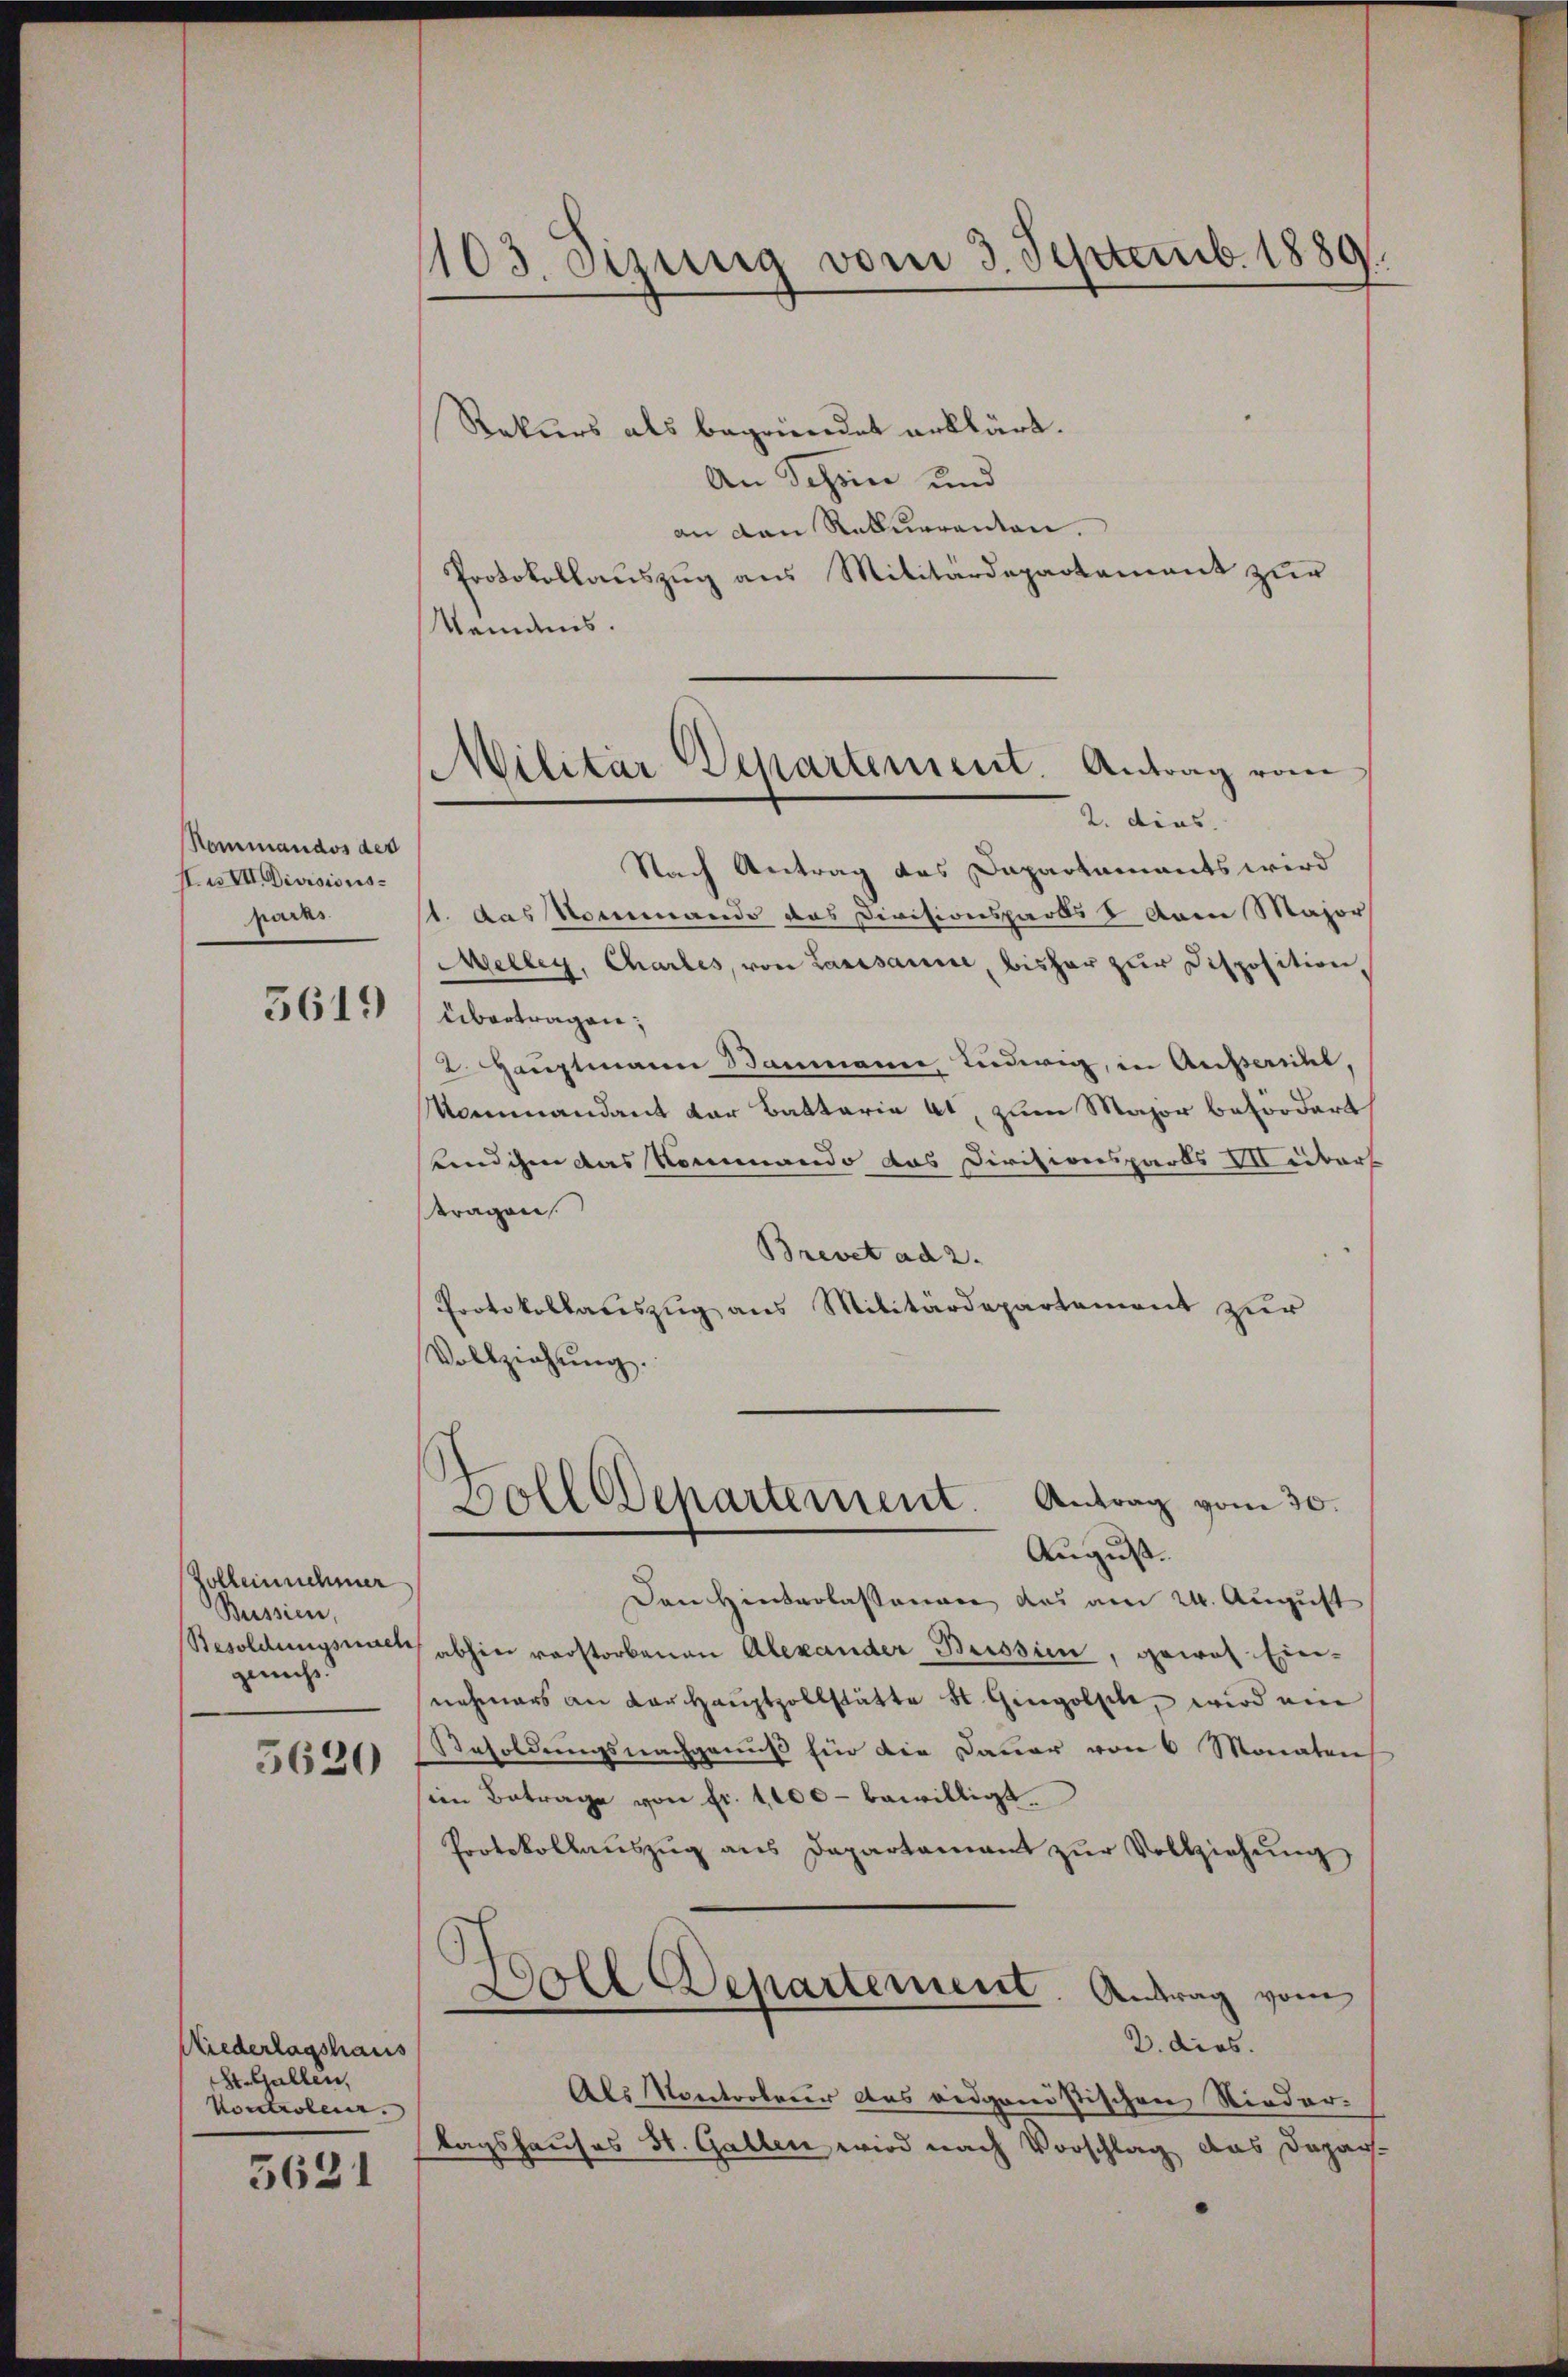
Nommandos der
H.III. Devisionsrades
3619

Zolleinnehmer
Buissen,
Besoldungsnach
genuss.

5620

Niederlagshaus
St. Gallen,
Kontrolen.

5631

1103. Sizung vom 3. Septemb. 1889.

Rekurs als begründet erklärt.
An Schön und
an den Rekurrenten.
Protokollauszug aus Militärdepartement zur
Nemdnis.
Nach Antrag des Dapartaments wird
1. das Nommando das Divisionspards & vom Major
Meller, Chartes, von Lasesamme, bisher zur Disposition,
übertragen,
2 Hauptmann Baumann Ludwig, in Ansteht,
Kommandant der Battaria et, zum Major befordert
eendigen das Rommando das Divisionspards Meibart
tragen
Brevet ad 2.
Protokollariszug aus Militärdepartement zur
Vollziehŭng.
Doll Departement. Antrag vom 30.
August.
Dann Hinterlassenen das am 24. August
abhin verstorbenen Alexander Bussin, gewol Ein-
nehmers an vorhaŭptzollstätte St. Gingolsch, wird ein
Besoldungsnachgenuß hin die Dauer von 6 Monaten
sien Betrage von fr. 1000 bewilligt.
Protokollaŭszŭg ans Departamant zŭr Vollziehŭng
g
Doll Departement. Antrag vom
2. dies
Als Kontroleur das eidgenössischen Nieder-
tagshauses St. Gallen wird nach Vorschlag das Depar-

Militar Departement. Antrag vom
2. dies